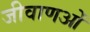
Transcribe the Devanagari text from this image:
जीवाणओं